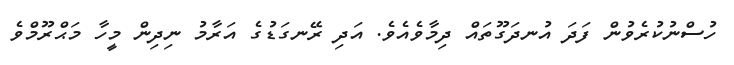
ހުސްނުކުރެވުން ފަދަ އުނދަގޫތައް ދިމާވެއެވެ. އަދި ރޭނގަޑުގެ އަރާމު ނިދިން މީހާ މަޙްރޫމްވެ